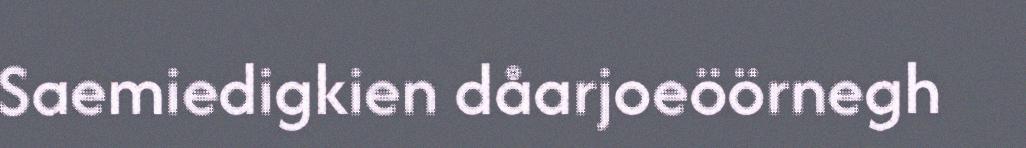
Saemiedigkien dåarjoeöörnegh